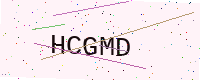
Text: HCGMD